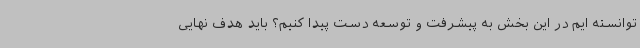
توانسته ایم در این بخش به پیشرفت و توسعه دست پیدا کنیم؟ باید هدف نهایی